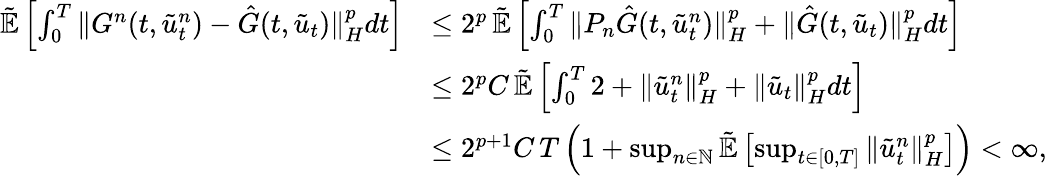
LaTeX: \begin{array}{rl}{\tilde{\mathbb{E}}\left[\int_{0}^{T}\| G^{n}(t,\tilde{u}_{t}^{n})-\hat{G}(t,\tilde{u}_{t})\| _{H}^{p}dt\right]}&{\le 2^{p}\, \tilde{\mathbb{E}}\left[\int_{0}^{T}\| P_{n}\hat{G}(t,\tilde{u}_{t}^{n})\| _{H}^{p}+\| \hat{G}(t,\tilde{u}_{t})\| _{H}^{p}dt\right]}\\ &{\le 2^{p}C\, \tilde{\mathbb{E}}\left[\int_{0}^{T}2+\| \tilde{u}_{t}^{n}\| _{H}^{p}+\| \tilde{u}_{t}\| _{H}^{p}dt\right]}\\ &{\le 2^{p+1}C\, T\left(1+\operatorname*{sup}_{n\in\mathbb{N}}\tilde{\mathbb{E}}\left[\operatorname*{sup}_{t\in[0,T]}\| \tilde{u}_{t}^{n}\| _{H}^{p}\right]\right)<\infty,}\end{array}